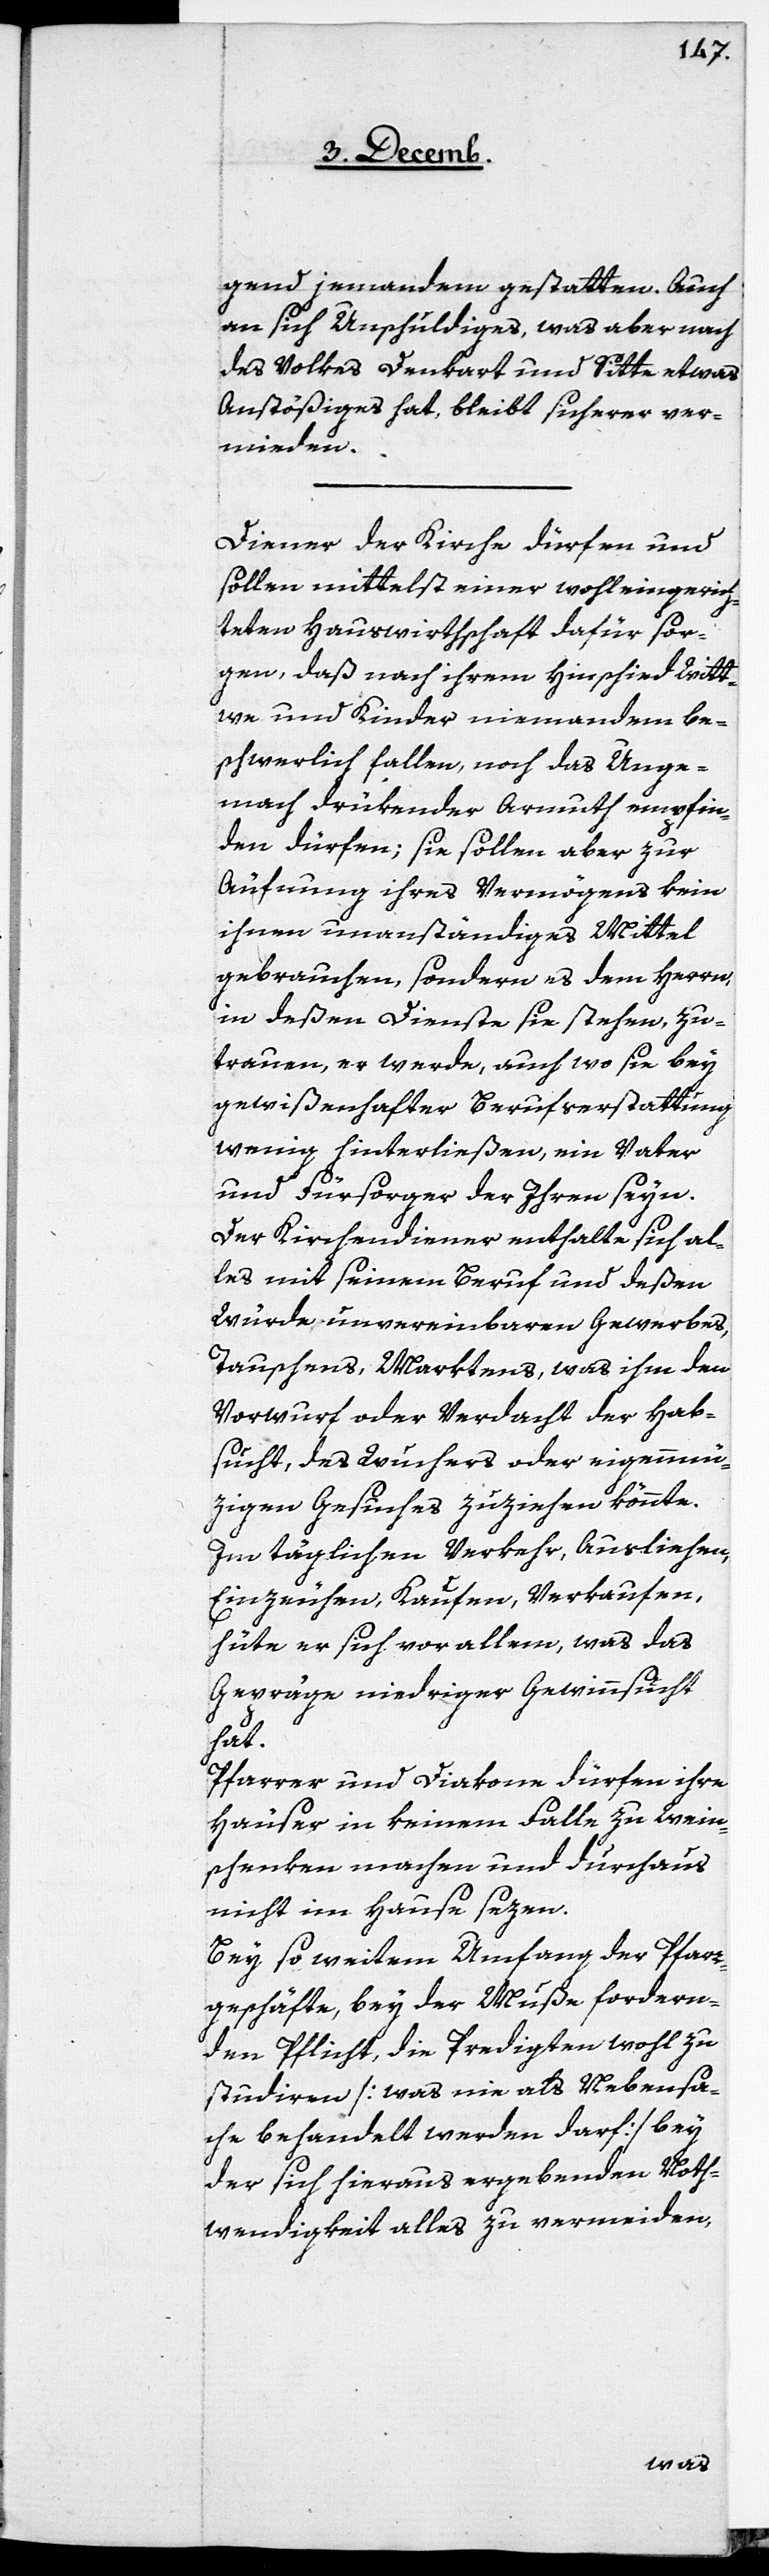
gend jemandem gestatten. Auch
an sich Unschuldiges, was aber nach
des Volkes Denkart und Sitte etwas
Anstößiges hat, bleibt sicherer ver¬
mieden.
Diener der Kirche dürfen und
sollen mittelst einer wohl eingerich¬
teten Hauswirthschaft dafür sor¬
gen, daß nach ihrem Hinschied Witt¬
we und Kinder niemandem be¬
schwerlich fallen, noch das Unge¬
mach drükender Armuth empfin¬
den dürfen; sie sollen aber zur
Äufnung ihres Vermögens kein
ihnen unanständiges Mittel
gebrauchen, sondern es dem Herrn,
in deßen Dienste sie stehen, zu¬
trauen, er werde, auch wo sie bey
gewißenhafter Berufserstattung
wenig hinterließen, ein Vater
und Fürsorger der Ihren seyn.
Der Kirchendiener enthalte sich al¬
les mit seinem Beruf und deßen
Würde unvereinbaren Gewerbes,
Tauschens, Marktens, was ihm den
Vorwurf oder Verdacht der Hab¬
sucht, des Wuchers oder eigennü¬
zigen Gesuches zuziehen könnte.
Im täglichen Verkehr, Ausliehen,
Einzeuchen, Kaufen, Verkaufen,
hüte er sich vor allem, was das
Gepräge niedriger Gewinnsucht
hat.
Pfarrer und Diakone dürfen ihre
Häuser in keinem Falle zu Wein¬
schenken machen und durchaus
nicht im Hause sezen.
Bey so weitem Umfang der Pfarr¬
geschäfte, bey der Muße fordern¬
den Pflicht, die Predigten wohl zu
studiren [was nie als Nebensa¬
che behandelt werden darf] bey
der sich hieraus ergebenden Noth¬
wendigkeit alles zu vermeiden,